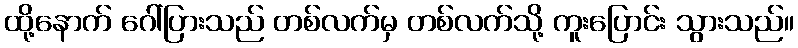
ထို့နောက် ဂေါ်ပြားသည် တစ်လက်မှ တစ်လက်သို့ ကူးပြောင်း သွားသည်။